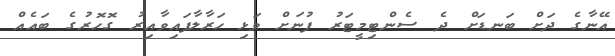
އޭނާގެ ދަށް ބަނޑަށް ދެ ސެންޓިމީޓަރު ފުނަށް ވަޅި ހަރާލާފައިވާއިރު ގޮހޮރުގެ ބައެއް